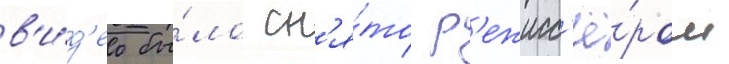
в'и́д'ео бы́ло сн'я́то р'ежисс'ё́ром